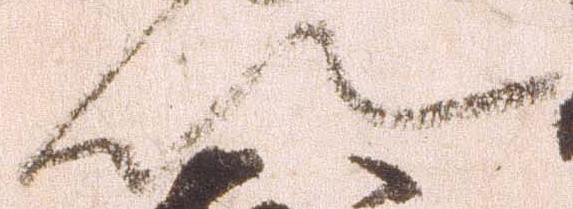
以